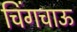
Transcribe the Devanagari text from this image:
चिंगचाऊ